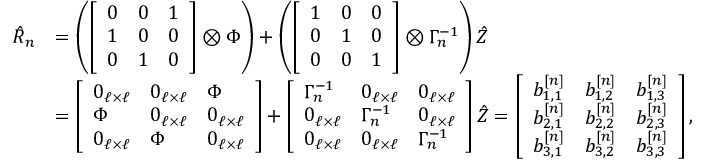
\begin{array} { r l } { \hat { R } _ { n } } & { = \left( \left[ \begin{array} { l l l } { 0 } & { 0 } & { 1 } \\ { 1 } & { 0 } & { 0 } \\ { 0 } & { 1 } & { 0 } \end{array} \right] \otimes \Phi \right) + \left( \left[ \begin{array} { l l l } { 1 } & { 0 } & { 0 } \\ { 0 } & { 1 } & { 0 } \\ { 0 } & { 0 } & { 1 } \end{array} \right] \otimes \Gamma _ { n } ^ { - 1 } \right) \hat { Z } } \\ & { = \left[ \begin{array} { l l l } { 0 _ { \ell \times \ell } } & { 0 _ { \ell \times \ell } } & { \Phi } \\ { \Phi } & { 0 _ { \ell \times \ell } } & { 0 _ { \ell \times \ell } } \\ { 0 _ { \ell \times \ell } } & { \Phi } & { 0 _ { \ell \times \ell } } \end{array} \right] + \left[ \begin{array} { l l l } { \Gamma _ { n } ^ { - 1 } } & { 0 _ { \ell \times \ell } } & { 0 _ { \ell \times \ell } } \\ { 0 _ { \ell \times \ell } } & { \Gamma _ { n } ^ { - 1 } } & { 0 _ { \ell \times \ell } } \\ { 0 _ { \ell \times \ell } } & { 0 _ { \ell \times \ell } } & { \Gamma _ { n } ^ { - 1 } } \end{array} \right] \hat { Z } = \left[ \begin{array} { l l l } { b _ { 1 , 1 } ^ { [ n ] } } & { b _ { 1 , 2 } ^ { [ n ] } } & { b _ { 1 , 3 } ^ { [ n ] } } \\ { b _ { 2 , 1 } ^ { [ n ] } } & { b _ { 2 , 2 } ^ { [ n ] } } & { b _ { 2 , 3 } ^ { [ n ] } } \\ { b _ { 3 , 1 } ^ { [ n ] } } & { b _ { 3 , 2 } ^ { [ n ] } } & { b _ { 3 , 3 } ^ { [ n ] } } \end{array} \right] , } \end{array}